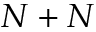
N + N